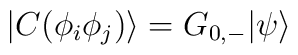
| C(\phi_i \phi_j) \rangle = G_{0,-} | \psi \rangle